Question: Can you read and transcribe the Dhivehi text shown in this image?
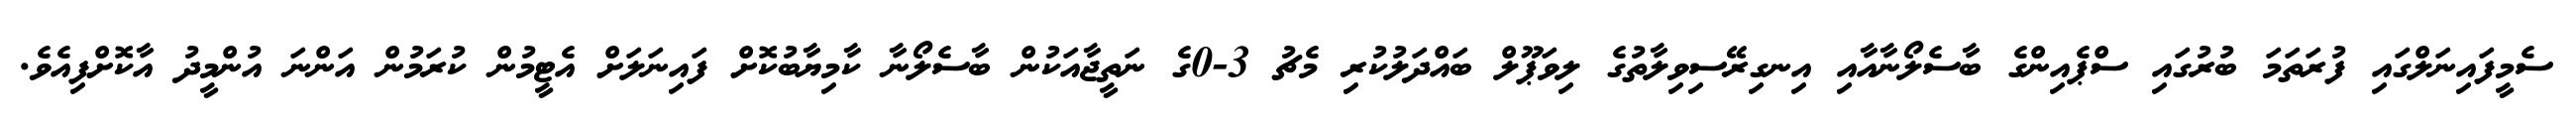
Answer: ސެމީފައިނަލްގައި ފުރަތަމަ ބުރުގައި ސްޕެއިންގެ ބާސެލޯނާއާއި އިނގިރޭސިވިލާތުގެ ލިވަޕޫލް ބައްދަލުކުރި މެޗު 3-0ގެ ނަތީޖާއަކުން ބާސެލޯނާ ކާމިޔާބުކޮށް ފައިނަލަށް އެޓީމުން ކުރަމުން އަންނަ އުންމީދު އާކޮށްފިއެވެ.